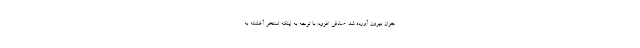
جوان بیرون آورده شد. صادقی افزود: با توجه به اینکه استخر آغشته به